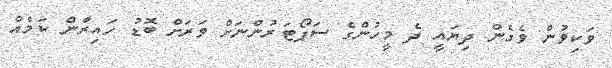
ވަކިވުން ވެގެން ދިޔައީ ދެ މީހުންގެ ސަޕޯޓަރުންނަށް ވަރަށް ބޮޑު ހައިރާން ކަމެއް